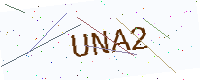
Text: UNA2